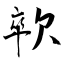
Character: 㰵